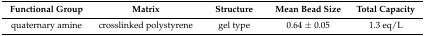
| Functional Group | Matrix | Structure | Mean Bead Size | Total Capacity |
 | --- | --- | --- | --- | --- |
 | quaternary amine | crosslinked polystyrene | gel type | 0.64 ± 0.05 | 1.3 eq/L |